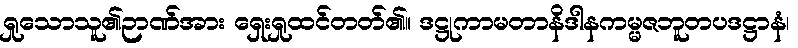
ရှုသောသူ၏ဉာဏ်အား ရှေးရှုထင်တတ်၏။ ဒဋ္ဌုကာမတာနိဒါနကမ္မဇဘူတပဒဋ္ဌာနံ၊